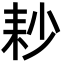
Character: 耖